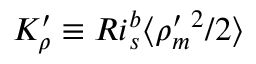
K _ { \rho } ^ { \prime } \equiv R i _ { s } ^ { b } \langle \rho _ { m } ^ { \prime } { } ^ { 2 } / 2 \rangle